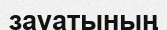
зауатының